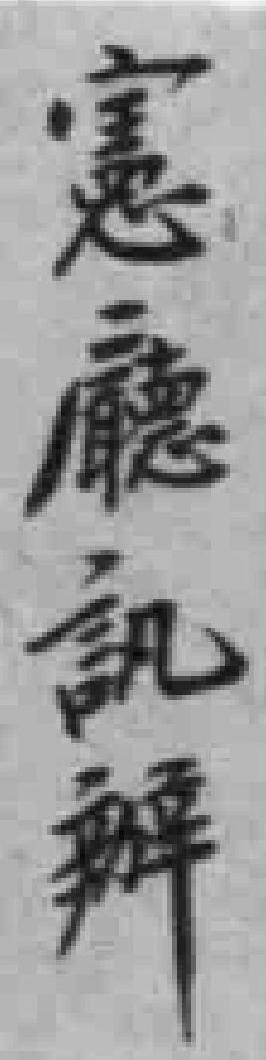
憲廳訊辦